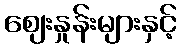
ဈေးနှုန်းများနှင့်